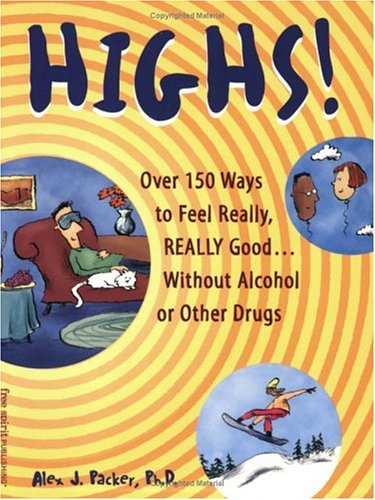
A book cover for Highs! Over 150 Ways to Feel Really, Really Good....Without Alcohol or Other Drugs; Alex J. Packer; Teen & Young Adult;